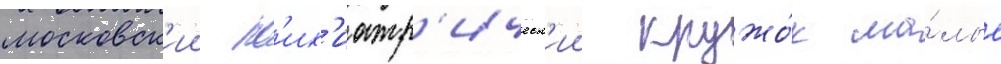
московск'ии пс'их'иатр'ическ'ии кружо́к ма́лые